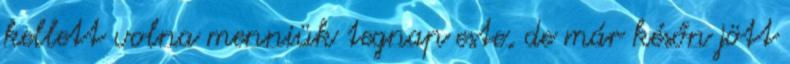
kellett volna menniük tegnap este, de már későn jött